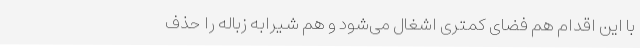
با این اقدام هم فضای کمتری اشغال می‌شود و هم شیرابه زباله را حذف